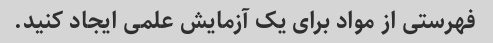
فهرستی از مواد برای یک آزمایش علمی ایجاد کنید.